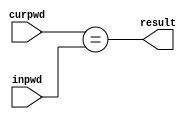
`timescale 1ns / 1ps

module Compare(//
input [7:0]curpwd,
input [7:0]inpwd,
output result
    );
    assign result = (curpwd == inpwd);
endmodule